First report of the anti-malarial operations at Mian Mir, 1901-1903 - Number 6
Year: 1901
Disease focus: Malaria
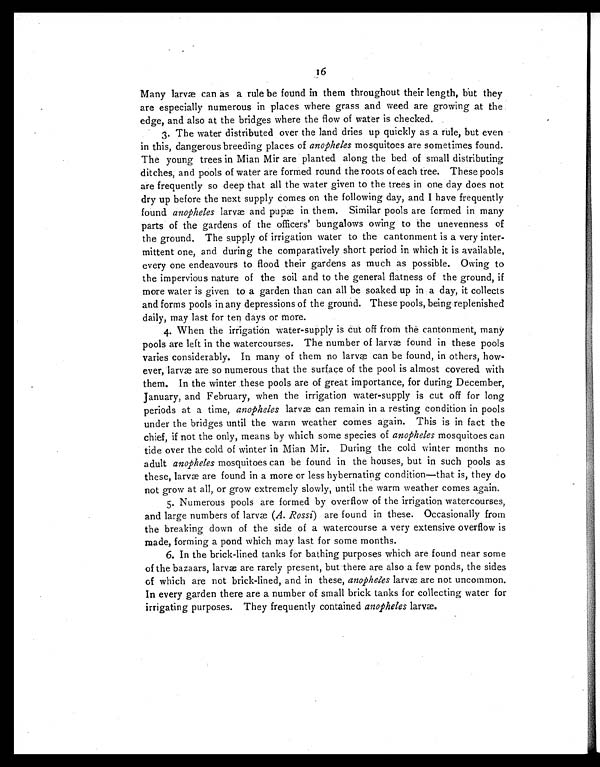
16
Many larvæ can as a rule be found in them throughout their length, but they
are especially numerous in places where grass and weed are growing at the
edge, and also at the bridges where the flow of water is checked.
3. The water distributed over the land dries up quickly as a rule, but even
in this, dangerous breeding places of anopheles mosquitoes are sometimes found.
The young trees in Mian Mir are planted along the bed of small distributing
ditches, and pools of water are formed round the roots of each tree. These pools
are frequently so deep that all the water given to the trees in one day does not
dry up before the next supply comes on the following day, and I have frequently
found anopheles larvæ and pupæ in them. Similar pools are formed in many
parts of the gardens of the officers' bungalows owing to the unevenness of
the ground. The supply of irrigation water to the cantonment is a very inter--
mittent one, and during the comparatively short period in which it is available,
every one endeavours to flood their gardens as much as possible. Owing to
the impervious nature of the soil and to the general flatness of the ground, if
more water is given to a garden than can all be soaked up in a day, it collects
and forms pools in any depressions of the ground. These pools, being replenished
daily, may last for ten days or more.
4. When the irrigation water-supply is cut off from the cantonment, many
pools are left in the watercourses. The number of larvæ found in these pools
varies considerably. In many of them no larvæ can be found, in others, how-
ever, larvæ are so numerous that the surface of the pool is almost covered with
them. In the winter these pools are of great importance, for during December,
January, and February, when the irrigation water-supply is cut off for long
periods at a time, anopheles larvæ can remain in a resting condition in pools
under the bridges until the warm weather comes again. This is in fact the
chief, if not the only, means by which some species of anopheles mosquitoes can
tide over the cold of winter in Mian Mir. During the cold winter months no
adult anopheles mosquitoes can be found in the houses, but in such pools as
these, larvæ are found in a more or less hybernating condition—that is, they do
not grow at all, or grow extremely slowly, until the warm weather comes again.
5. Numerous pools are formed by overflow of the irrigation watercourses,
and large numbers of larvæ ( A. Rossi) are found in these. Occasionally from
the breaking down of the side of a watercourse a very extensive overflow is
made, forming a pond which may last for some months.
6. In the brick-lined tanks for bathing purposes which are found near some
of the bazaars, larvæ are rarely present, but there are also a few ponds, the sides
of which are not brick-lined, and in these, anopheles larvæ are not uncommon.
In every garden there are a number of small brick tanks for collecting water for
irrigating purposes. They frequently contained anopheles larvæ.